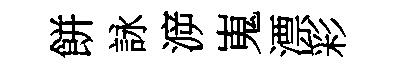
餅詠㴑嵬漂彩